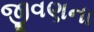
જીવણના